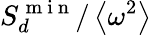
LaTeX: S_{d}^{\mathrm{~m~i~n~}}/\left\langle\omega^{2}\right\rangle